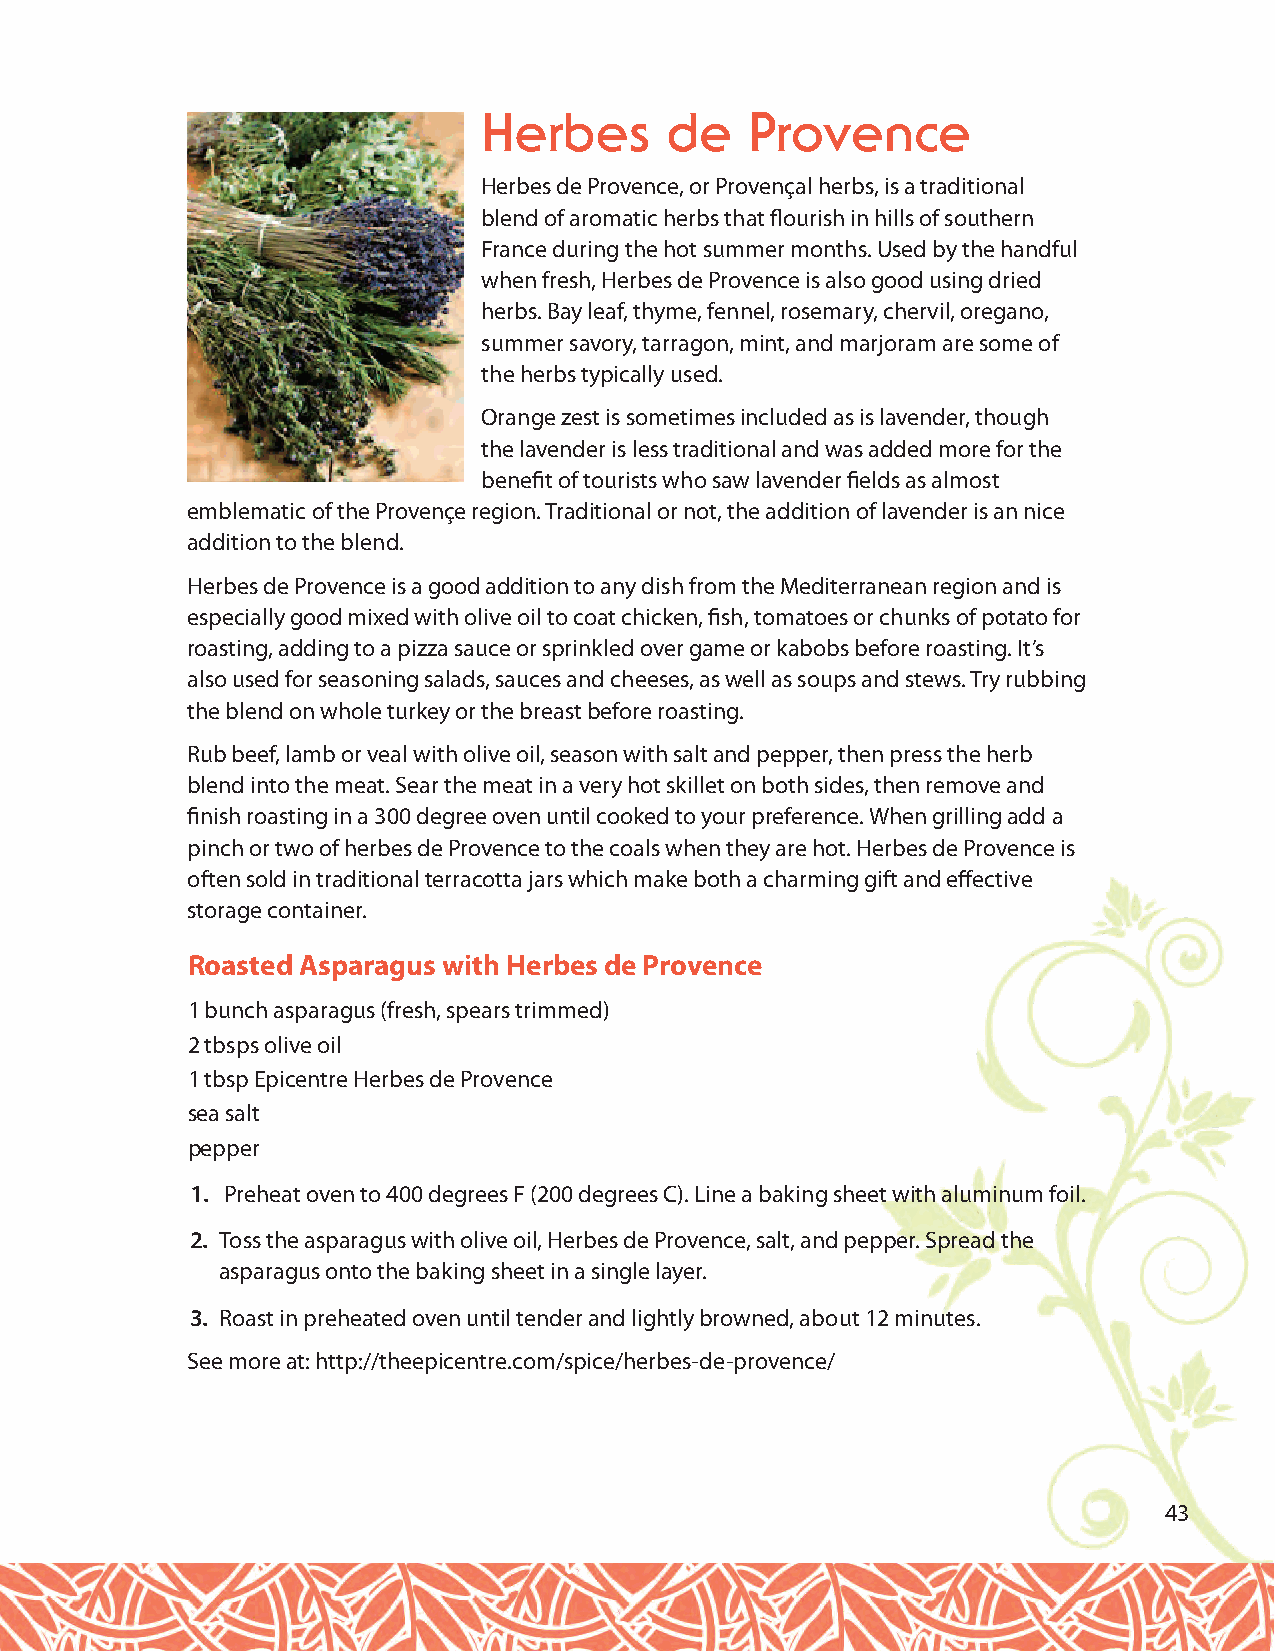
Herbes      de    Provence
 Herbes de Provence, or Provençal herbs, is a traditional
 blend of aromatic herbs that flourish in hills of southern
 France during the hot summer months. Used by the handful
 when fresh, Herbes de Provence is also good using dried
 herbs. Bay leaf, thyme, fennel, rosemary, chervil, oregano,
 summer savory, tarragon, mint, and marjoram are some of
 the herbs typically used.
 Orange zest is sometimes included as is lavender, though
 the lavender is less traditional and was added more for the
 benefit of tourists who saw lavender fields as almost
 emblematic of the Provençe region. Traditional or not, the addition of lavender is an nice
 addition to the blend.
 Herbes de Provence is a good addition to any dish from the Mediterranean region and is
 especially good mixed with olive oil to coat chicken, fish, tomatoes or chunks of potato for
 roasting, adding to a pizza sauce or sprinkled over game or kabobs before roasting. It’s
 also used for seasoning salads, sauces and cheeses, as well as soups and stews. Try rubbing
 the blend on whole turkey or the breast before roasting.
 Rub beef, lamb or veal with olive oil, season with salt and pepper, then press the herb
 blend into the meat. Sear the meat in a very hot skillet on both sides, then remove and
 finish roasting in a 300 degree oven until cooked to your preference. When grilling add a
 pinch or two of herbes de Provence to the coals when they are hot. Herbes de Provence is
 often sold in traditional terracotta jars which make both a charming gift and effective
 storage container.
 Roasted Asparagus with Herbes de Provence
 1 bunch asparagus (fresh, spears trimmed)
 2 tbsps olive oil
 1 tbsp Epicentre Herbes de Provence
 sea salt
 pepper
 1. Preheat oven to 400 degrees F (200 degrees C). Line a baking sheet with aluminum foil.
 2. Toss the asparagus with olive oil, Herbes de Provence, salt, and pepper. Spread the
 asparagus onto the baking sheet in a single layer.
 3. Roast in preheated oven until tender and lightly browned, about 12 minutes.
 See more at: http://theepicentre.com/spice/herbes-de-provence/
 43